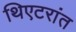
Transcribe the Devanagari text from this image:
थिएटरांत